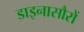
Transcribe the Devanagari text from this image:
डाइनासौरों